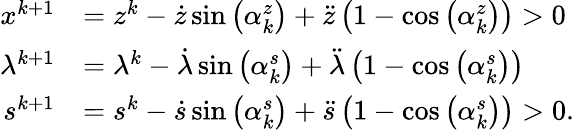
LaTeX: \begin{array}{rl}{x^{k+1}}&{=z^{k}-\dot{z}\sin\left(\alpha_{k}^{z}\right)+\ddot{z}\left(1-\cos\left(\alpha_{k}^{z}\right)\right)>0}\\ {\lambda^{k+1}}&{=\lambda^{k}-\dot{\lambda}\sin\left(\alpha_{k}^{s}\right)+\ddot{\lambda}\left(1-\cos\left(\alpha_{k}^{s}\right)\right)}\\ {s^{k+1}}&{=s^{k}-\dot{s}\sin\left(\alpha_{k}^{s}\right)+\ddot{s}\left(1-\cos\left(\alpha_{k}^{s}\right)\right)>0.}\end{array}